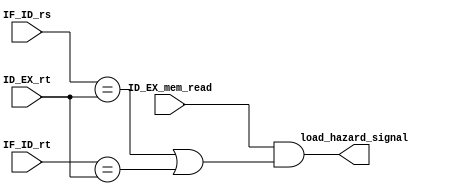
module Load_use_data_hazard(
	input 		[4:0] IF_ID_rs, IF_ID_rt,
	input 		[4:0] ID_EX_rt,
	input			ID_EX_mem_read,
	output 	 	load_hazard_signal
);

	assign load_hazard_signal = ID_EX_mem_read && 
							(IF_ID_rs == ID_EX_rt || IF_ID_rt == ID_EX_rt);
	
endmodule